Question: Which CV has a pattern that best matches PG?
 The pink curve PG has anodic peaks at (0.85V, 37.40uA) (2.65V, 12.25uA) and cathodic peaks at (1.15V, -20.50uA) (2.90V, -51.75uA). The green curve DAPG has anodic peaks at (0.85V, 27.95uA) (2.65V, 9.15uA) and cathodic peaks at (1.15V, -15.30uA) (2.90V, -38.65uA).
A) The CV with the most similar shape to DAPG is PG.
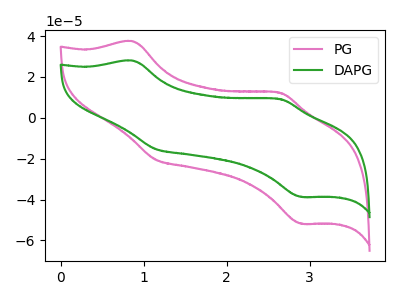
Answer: <think>All the peaks in "PG" have a peak in "DAPG" at the same potential. Every peak in "PG" is higher than every peak in "DAPG".
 </think>
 <answer>A) The CV with the most similar shape to "DAPG" is "PG".</answer>
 <eval>A</eval>